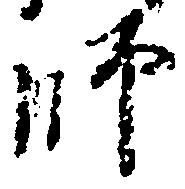
師